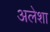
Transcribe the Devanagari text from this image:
अलेशा